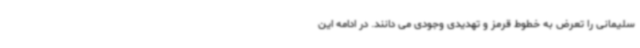
سلیمانی را تعرض به خطوط قرمز و تهدیدی وجودی می دانند. در ادامه این